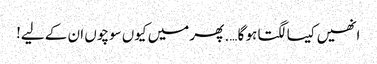
انھیں کیسا لگتا ہو گا …. پھر میں کیوں سوچوں ان کے لیے!